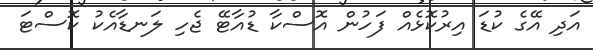
އަދި އޭގެ ކުޑަ އިރުކޮޅެއް ފަހުން އޮސްކާ ޑުއާޓޭ ޖެހި ލަނޑާއެކު ކޮސްޓަ